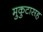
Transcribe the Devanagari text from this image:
मुकुटासह